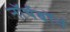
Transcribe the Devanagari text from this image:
नॉर्थबॉर्न